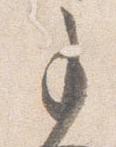
事